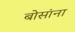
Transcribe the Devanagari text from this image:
बोसांना